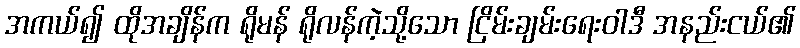
အကယ်၍ ထိုအချိန်က ရိုမန် ရိုလန်ကဲ့သို့သော ငြိမ်းချမ်းရေးဝါဒီ အနည်းငယ်၏